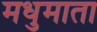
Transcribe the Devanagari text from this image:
मधुमाता